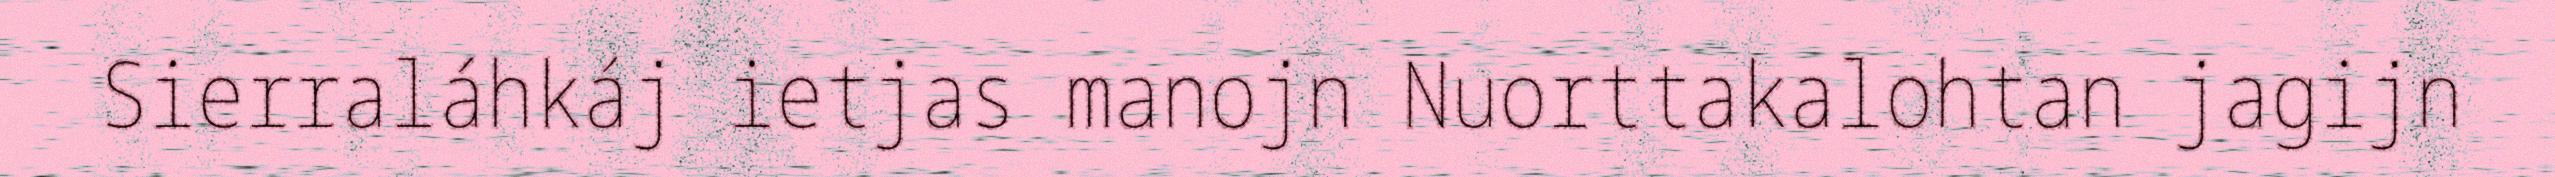
Sierraláhkáj ietjas manojn Nuorttakalohtan jagijn